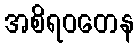
အစိရဝတေန